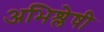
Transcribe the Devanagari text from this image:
अभिश्लेषी